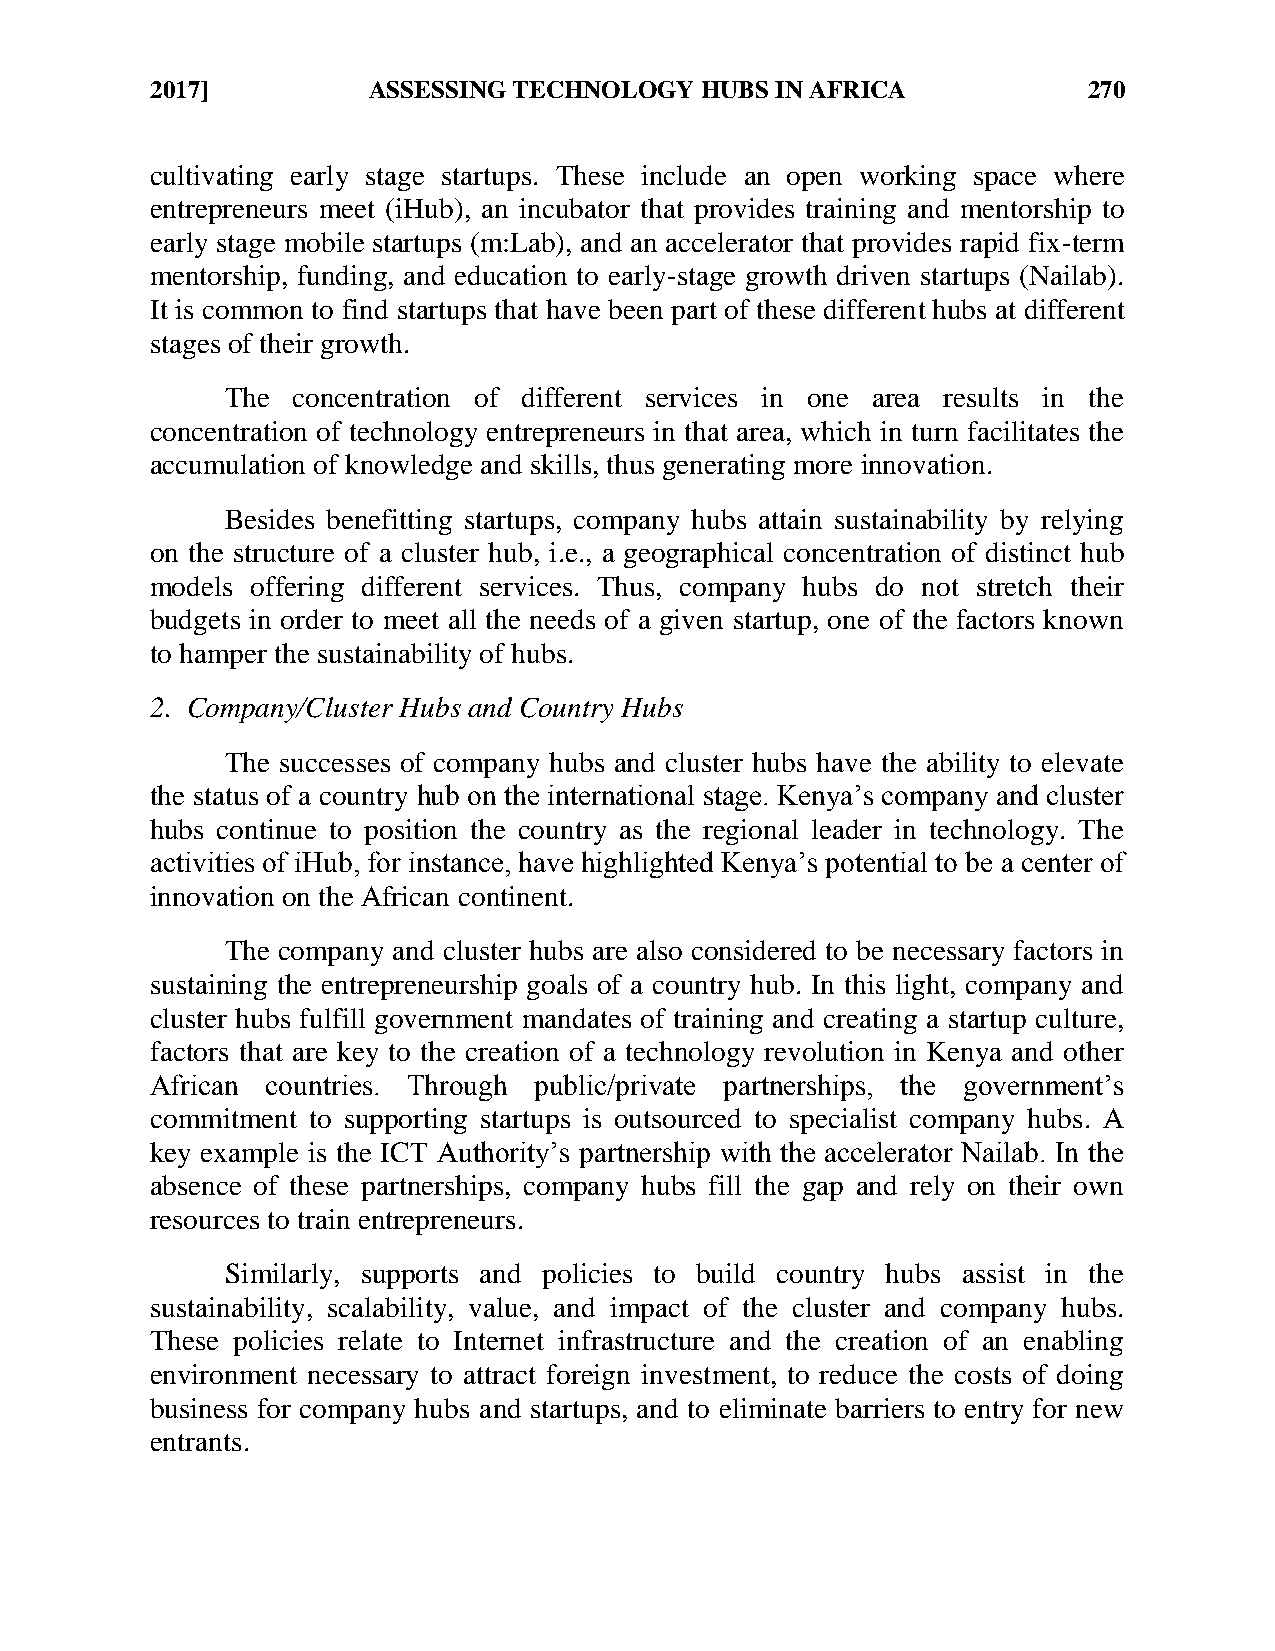
2017]         ASSESSING TECHNOLOGY  HUBS IN AFRICA            270
 cultivating early stage startups. These include an open working space where
 entrepreneurs meet (iHub), an incubator that provides training and mentorship to
 early stage mobile startups (m:Lab), and an accelerator that provides rapid fix-term
 mentorship, funding, and education to early-stage growth driven startups (Nailab).
 It is common to find startups that have been part of these different hubs at different
 stages of their growth.
 The concentration of different services in one area results in the
 concentration of technology entrepreneurs in that area, which in turn facilitates the
 accumulation of knowledge and skills, thus generating more innovation.
 Besides benefitting startups, company hubs attain sustainability by relying
 on the structure of a cluster hub, i.e., a geographical concentration of distinct hub
 models offering different services. Thus, company hubs do not stretch their
 budgets in order to meet all the needs of a given startup, one of the factors known
 to hamper the sustainability of hubs.
 2. Company/Cluster Hubs and Country Hubs
 The successes of company hubs and cluster hubs have the ability to elevate
 the status of a country hub on the international stage. Kenya’s company and cluster
 hubs continue to position the country as the regional leader in technology. The
 activities of iHub, for instance, have highlighted Kenya’s potential to be a center of
 innovation on the African continent.
 The company and cluster hubs are also considered to be necessary factors in
 sustaining the entrepreneurship goals of a country hub. In this light, company and
 cluster hubs fulfill government mandates of training and creating a startup culture,
 factors that are key to the creation of a technology revolution in Kenya and other
 African countries. Through public/private partnerships, the government’s
 commitment to supporting startups is outsourced to specialist company hubs. A
 key example is the ICT Authority’s partnership with the accelerator Nailab. In the
 absence of these partnerships, company hubs fill the gap and rely on their own
 resources to train entrepreneurs.
 Similarly, supports and policies to build country hubs assist in the
 sustainability, scalability, value, and impact of the cluster and company hubs.
 These policies relate to Internet infrastructure and the creation of an enabling
 environment necessary to attract foreign investment, to reduce the costs of doing
 business for company hubs and startups, and to eliminate barriers to entry for new
 entrants.